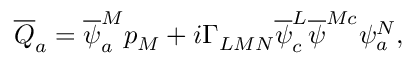
\overline { { { Q } } } _ { a } = \overline { { { \psi } } } _ { a } ^ { M } p _ { M } + i \Gamma _ { L M N } \overline { { { \psi } } } _ { c } ^ { L } \overline { { { \psi } } } ^ { M c } \psi _ { a } ^ { N } ,